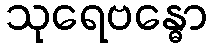
သုရေဗန္ဓော